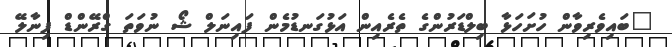
"ބައިވެރިވާން ހުށަހަޅާ ބިލްޑަރުންގެ ތެރެއިން އަޅުގަނޑުމެން ފައިނަލް ޝޯ ނުވަތަ ގްރޭންޑް ފިނާލޭ